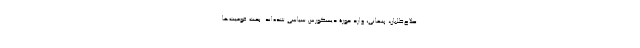
صلاح‌طلبان، پنهانی، وارد حوزۀ دیسکورس سیاسی شده‌اند. بحث قومیت‌ها